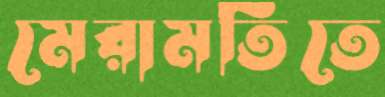
মেরামতিতে